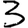
Digit: 3